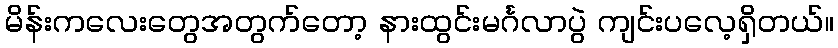
မိန်းကလေးတွေအတွက်တော့ နားထွင်းမင်္ဂလာပွဲ ကျင်းပလေ့ရှိတယ်။